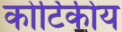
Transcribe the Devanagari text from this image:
कोर्टिकीय